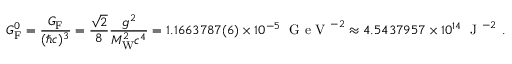
G _ { \mathrm { { F } } } ^ { 0 } = { \frac { G _ { \mathrm { { F } } } } { ( \hbar c ) ^ { 3 } } } = { \frac { \sqrt { 2 } } { 8 } } { \frac { g ^ { 2 } } { M _ { \mathrm { { W } } } ^ { 2 } c ^ { 4 } } } = 1 . 1 6 6 3 7 8 7 ( 6 ) \times 1 0 ^ { - 5 } \; { \textrm { G e V } } ^ { - 2 } \approx 4 . 5 4 3 7 9 5 7 \times 1 0 ^ { 1 4 } \; { \textrm { J } } ^ { - 2 } \ .